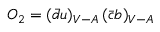
{ \cal O } _ { 2 } = ( \bar { d } u ) _ { V - A } \, ( \bar { c } b ) _ { V - A }